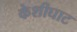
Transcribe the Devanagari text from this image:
केशीघाट